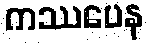
ကဿပေန